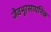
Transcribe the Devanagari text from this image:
जैवभूरसायनिक